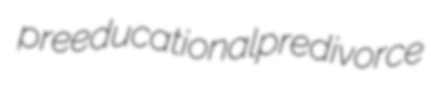
preeducational predivorce